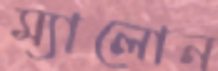
ম্যালোন